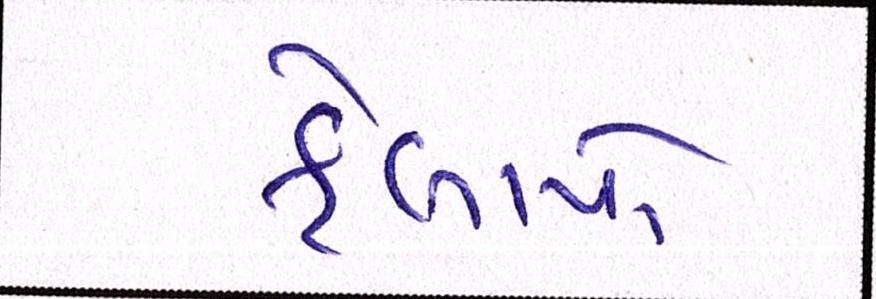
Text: ફેલાયો